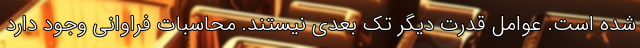
شده است. عوامل قدرت دیگر تک بعدی نیستند. محاسبات فراوانی وجود دارد